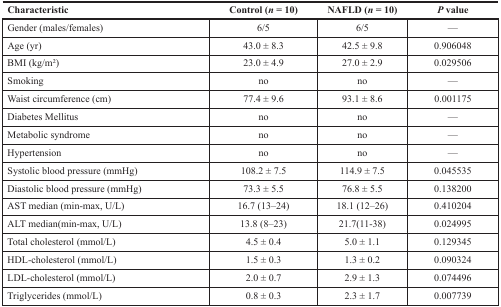
<table><thead><tr><td><b>Characteristic</b></td><td><b>Control (<i>n</i> = 10)</b></td><td><b>NAFLD (<i>n</i> = 10)</b></td><td><b><i>P</i> value</b></td></tr></thead><tbody><tr><td>Gender (males/females)</td><td>6/5</td><td>6/5</td><td>—</td></tr><tr><td>Age (yr)</td><td>43.0 ± 8.3</td><td>42.5 ± 9.8</td><td>0.906048</td></tr><tr><td>BMI (kg/m<sup>2</sup>)</td><td>23.0 ± 4.9</td><td>27.0 ± 2.9</td><td>0.029506</td></tr><tr><td>Smoking</td><td>no</td><td>no</td><td>—</td></tr><tr><td>Waist circumference (cm)</td><td>77.4 ± 9.6</td><td>93.1 ± 8.6</td><td>0.001175</td></tr><tr><td>Diabetes Mellitus</td><td>no</td><td>no</td><td>—</td></tr><tr><td>Metabolic syndrome</td><td>no</td><td>no</td><td>—</td></tr><tr><td>Hypertension</td><td>no</td><td>no</td><td>—</td></tr><tr><td>Systolic blood pressure (mmHg)</td><td>108.2 ± 7.5</td><td>114.9 ± 7.5</td><td>0.045535</td></tr><tr><td>Diastolic blood pressure (mmHg)</td><td>73.3 ± 5.5</td><td>76.8 ± 5.5</td><td>0.138200</td></tr><tr><td>AST median (min-max, U/L)</td><td>16.7 (13–24)</td><td>18.1 (12–26)</td><td>0.410204</td></tr><tr><td>ALT median(min-max, U/L)</td><td>13.8 (8–23)</td><td>21.7(11-38)</td><td>0.024995</td></tr><tr><td>Total cholesterol (mmol/L)</td><td>4.5 ± 0.4</td><td>5.0 ± 1.1</td><td>0.129345</td></tr><tr><td>HDL-cholesterol (mmol/L)</td><td>1.5 ± 0.3</td><td>1.3 ± 0.2</td><td>0.090324</td></tr><tr><td>LDL-cholesterol (mmol/L)</td><td>2.0 ± 0.7</td><td>2.9 ± 1.3</td><td>0.074496</td></tr><tr><td>Triglycerides (mmol/L)</td><td>0.8 ± 0.3</td><td>2.3 ± 1.7</td><td>0.007739</td></tr></tbody></table>